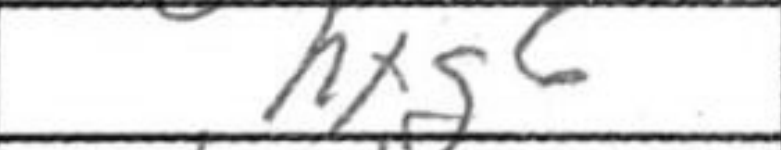
Transcription: hxg6